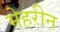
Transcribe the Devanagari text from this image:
मेहरीन